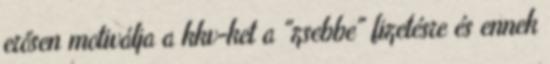
erősen motiválja a kkv-ket a "zsebbe" fizetésre és ennek